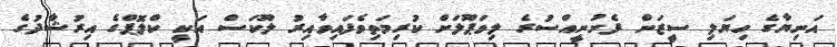
އަނިޔާގެ ހިޔަލި ސީޒަން ފެށުނީއްސުރެ ލިވަޕޫލަށް ކުރިމަތިވެފައިވާއިރު ލޫކަސް އަކީ ކްލޮޕްގެ އިރުޝާދުގެ